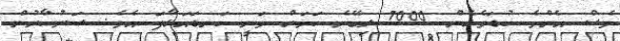
ވެސް އެންމެ ކުޑަވެގެން 7000 ލިބޭނެ ކަމަށް ވަނީ ކަނޑައަޅާފަ އެވެ. ސަރުކާރުން